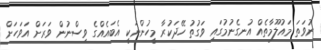
ނުވަތަ މައުލޫމާތެއް އުނގެނުމުގައި ވަގުތު ހޭދަކުރާ މީހުންނަކީ އެބައެއްގެ ވިސްނުން ވަރަށް އަވަހަށް